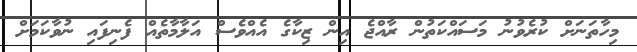
މިހާތަނަށް ކުރެވުނު މަސައްކަތުން ރާއްޖެ އިން ޒިކާގެ އެއްވެސް އަލާމާތެއް ފެނިފައި ނުވާކަމަށް